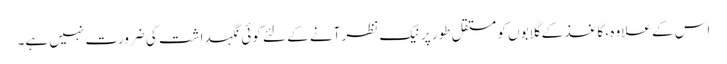
اس کے علاوہ ، کاغذ کے گلابوں کو مستقل طور پر نیک نظر آنے کے لئے کوئی نگہداشت کی ضرورت نہیں ہے۔